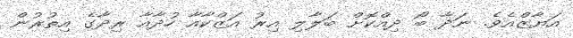
އަޔާޒްއެވެ. ނަދާ ބޯ ދިއްކޮށް ބަލާލި އިރު އަޒްކާއާ ހުދާއާ ރިދާގެ އިތުރުން